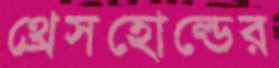
থ্রেসহোল্ডের